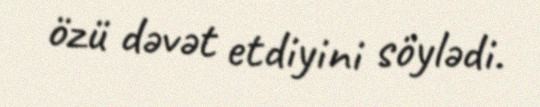
özü dəvət etdiyini söylədi.